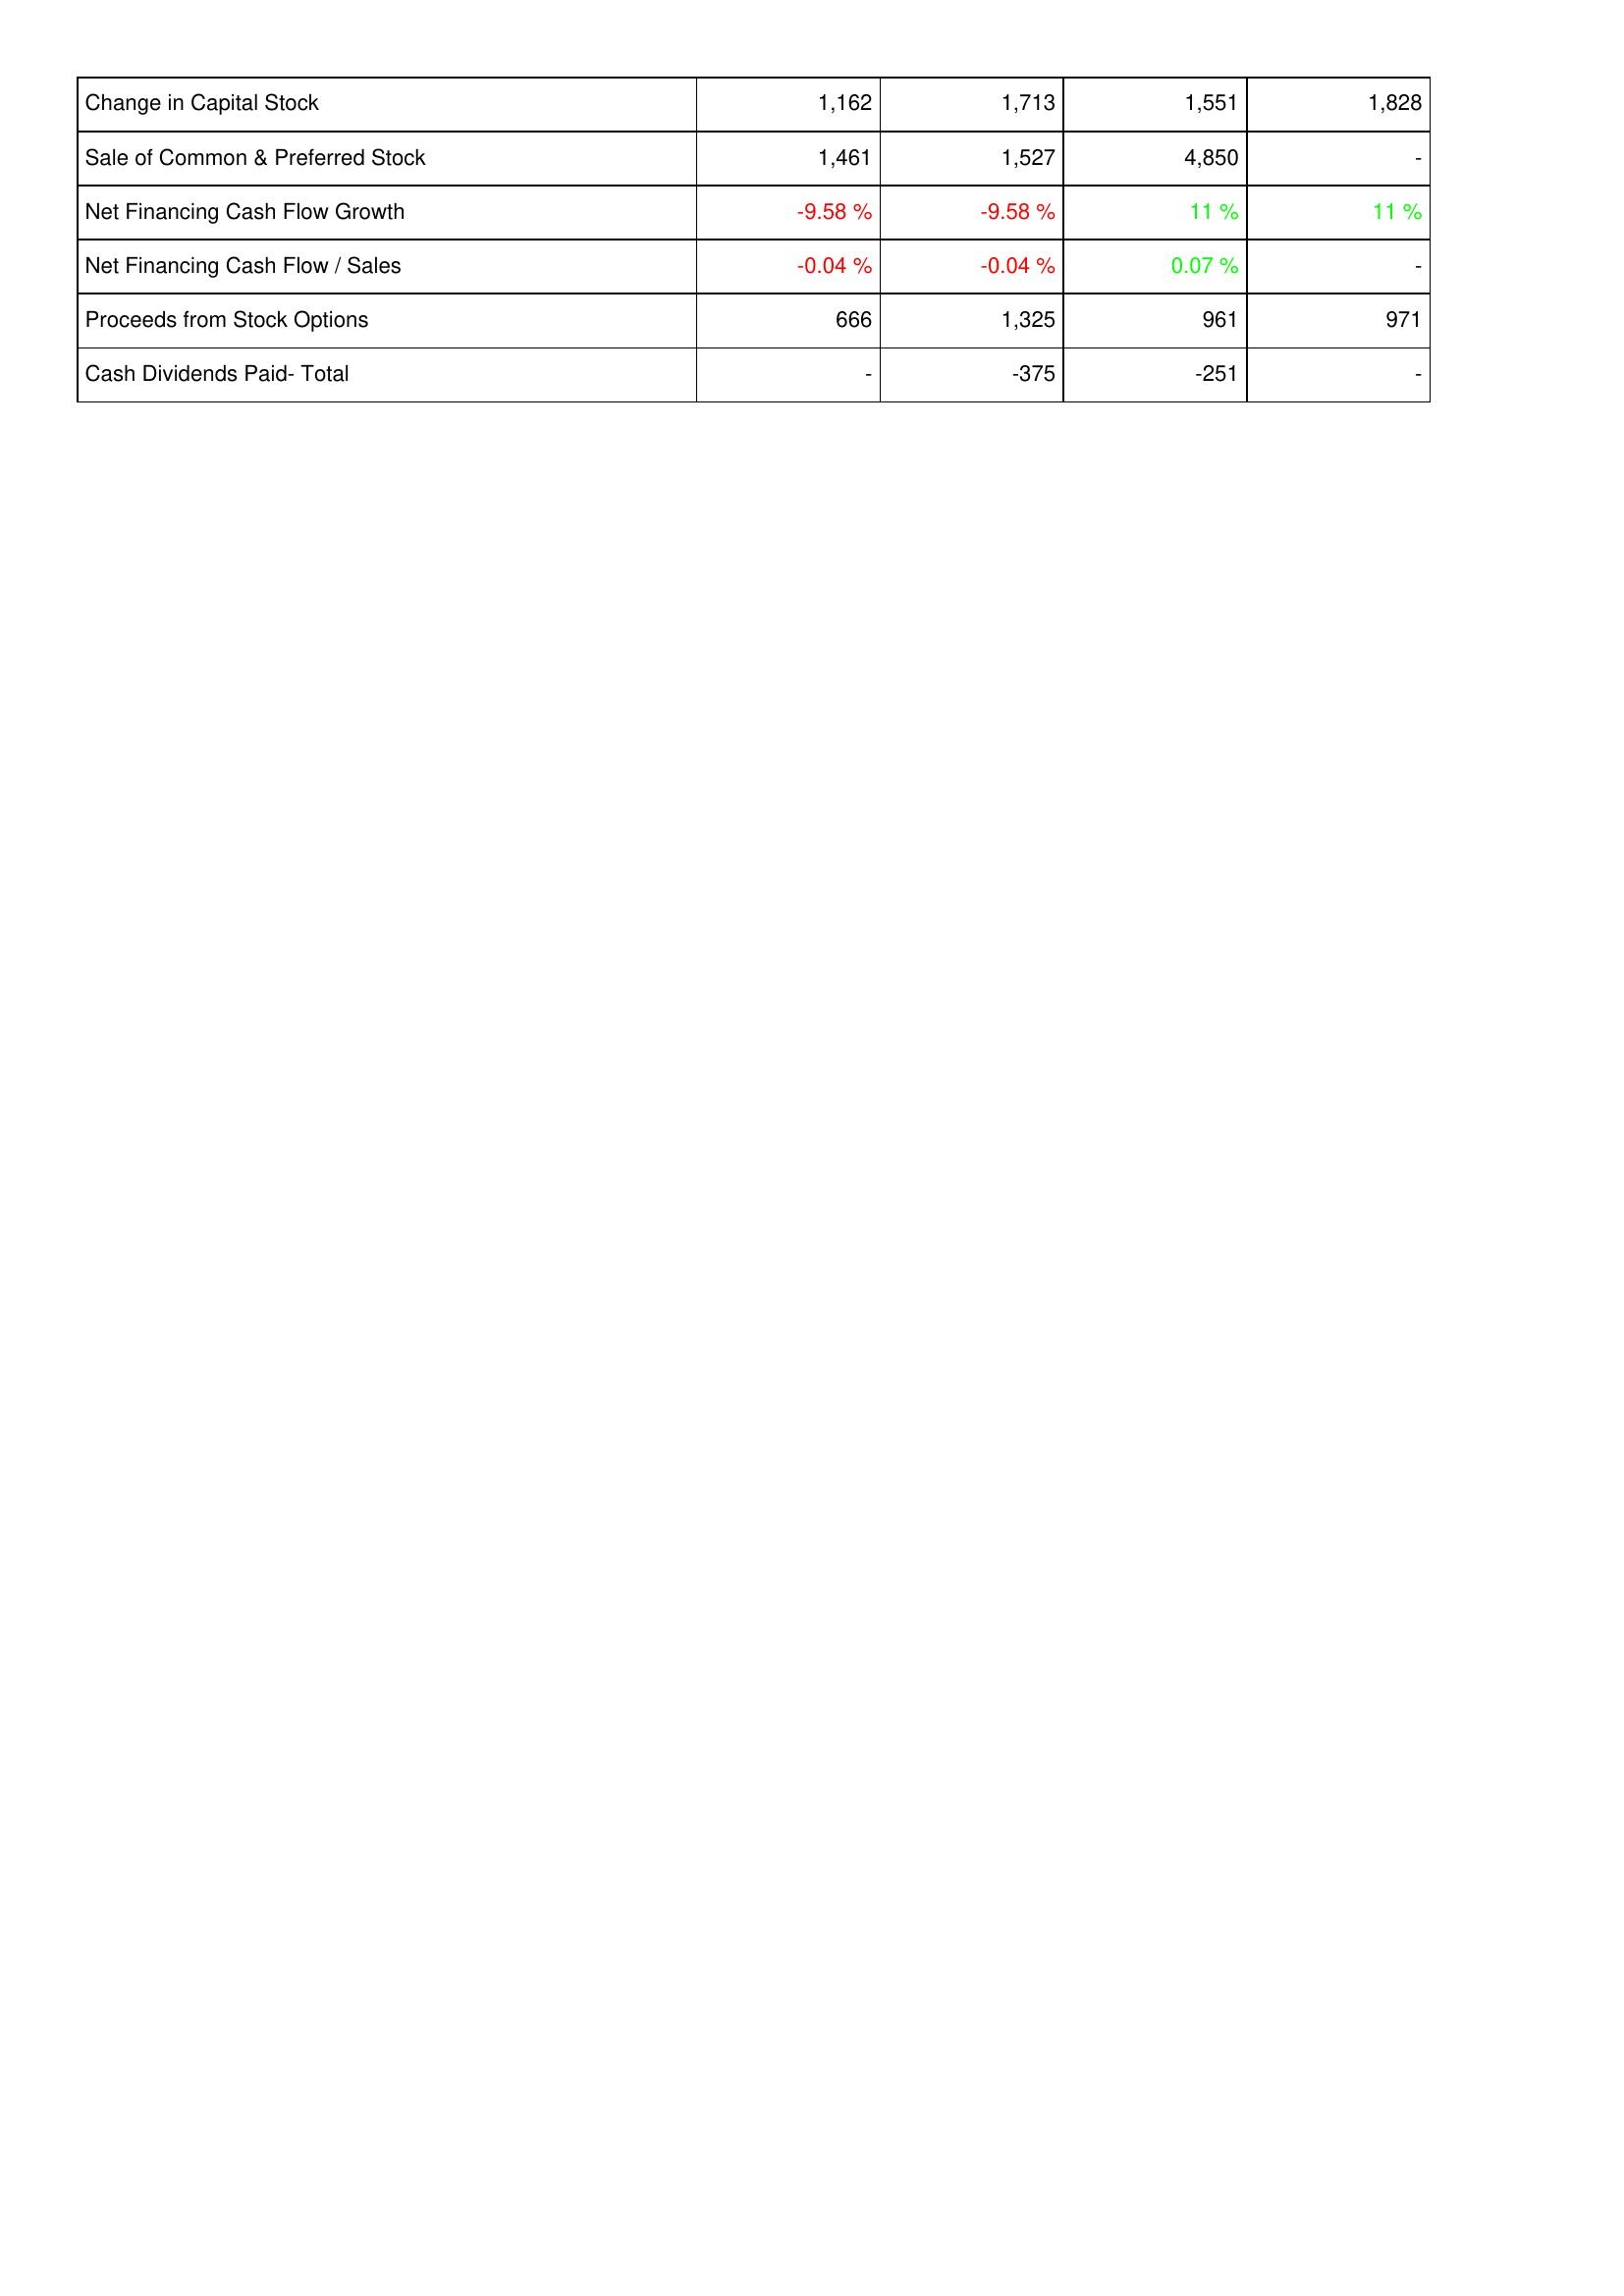
2008: Financing Activities: Change in Capital Stock: 1,162
Sale of Common & Preferred Stock: 1,461
Net Financing Cash Flow Growth: -9.58 %
Net Financing Cash Flow / Sales: -0.04 %
Proceeds from Stock Options: 666
Cash Dividends Paid- Total: -
2009: Financing Activities: Change in Capital Stock: 1,713
Sale of Common & Preferred Stock: 1,527
Net Financing Cash Flow Growth: -9.58 %
Net Financing Cash Flow / Sales: -0.04 %
Proceeds from Stock Options: 1,325
Cash Dividends Paid- Total: -375
2010: Financing Activities: Change in Capital Stock: 1,551
Sale of Common & Preferred Stock: 4,850
Net Financing Cash Flow Growth: 11 %
Net Financing Cash Flow / Sales: 0.07 %
Proceeds from Stock Options: 961
Cash Dividends Paid- Total: -251
2011: Financing Activities: Change in Capital Stock: 1,828
Sale of Common & Preferred Stock: -
Net Financing Cash Flow Growth: 11 %
Net Financing Cash Flow / Sales: -
Proceeds from Stock Options: 971
Cash Dividends Paid- Total: -